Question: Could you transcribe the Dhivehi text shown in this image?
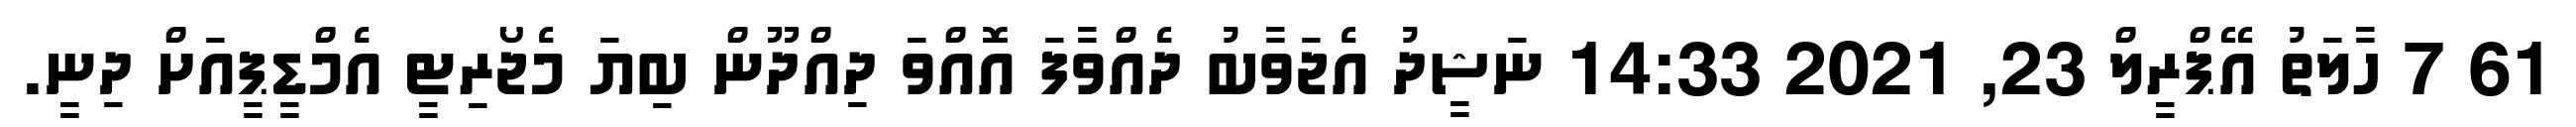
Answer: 61 7 ހާލަތު އޭޕްރީލް 23, 2021 14:33 ނަޝީދު އެޖަވާބު ދެއްވާފަ އޮއްވަ ދިއްދޫން ބިޔަ މެޖޯރިޓީ އެމްޑީޕީއަށް ދިނީ.